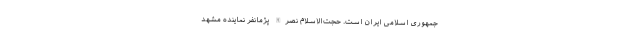
جمهوری اسلامی ایران است. حجت‌الاسلام نصرالله‌ پژمانفر نماینده مشهد